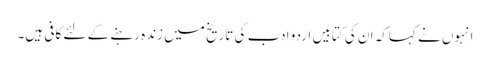
انہوں نے کہاکہ ان کی کتابیں اردو ادب کی تاریخ میں زندہ رہنے کے لئے کافی ہیں۔